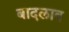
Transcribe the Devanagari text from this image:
बादलाव